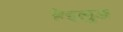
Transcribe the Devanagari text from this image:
हेइलुङ